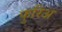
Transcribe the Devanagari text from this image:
फुरिअ